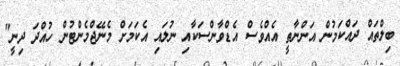
ބިލްތައް ދައްކަމުން އަންނާތީ އެއްވެސް އެޑްވާންސަކާއި ނުލައި އެކަމަށް މެނޭޖްމެންޓުން ހުއްދަ ދިނީ"